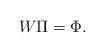
LaTeX: \begin{align*}W\Pi=\Phi.\end{align*}